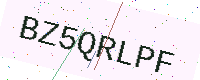
Text: BZ5QRLPF